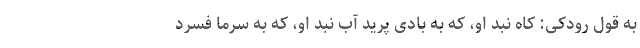
به قول رودکی: کاه نبد او، که به بادی پرید آب نبد او، که به سرما فسرد